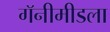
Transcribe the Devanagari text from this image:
गॅनीमीडला